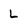
Character: L